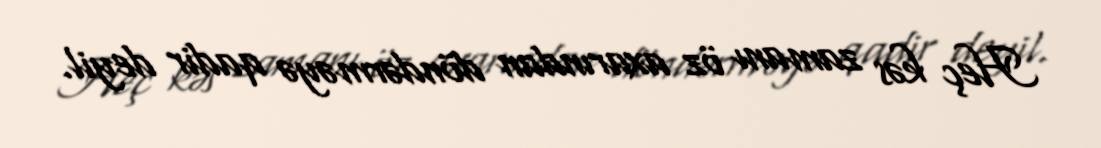
Heç kəs zamanı öz axarından döndərməyə qadir deyil.